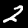
Label: 2